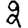
Digit: 2